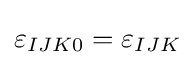
\varepsilon _{IJK0}=\varepsilon _{IJK}